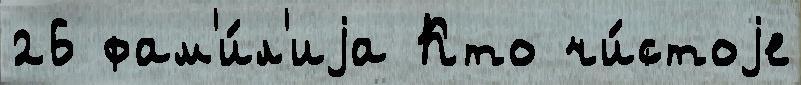
26 фам'и́л'иjа Кто чи́стоjе